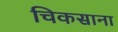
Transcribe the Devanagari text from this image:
चिकसाना